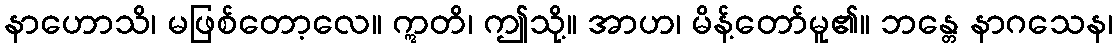
နာဟောသိ၊ မဖြစ်တော့လေ။ ဣတိ၊ ဤသို့။ အာဟ၊ မိန့်တော်မူ၏။ ဘန္တေ နာဂသေန၊